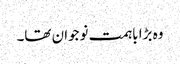
وہ بڑا باہمت نوجوان تھا۔